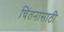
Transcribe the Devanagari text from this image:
चिंतनासाठी